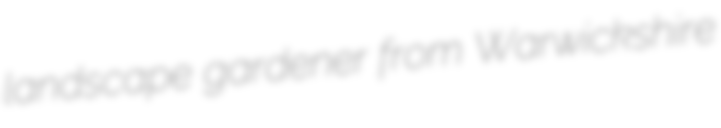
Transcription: landscape gardener from Warwickshire